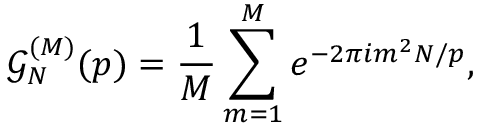
\mathcal { G } _ { N } ^ { ( M ) } ( p ) = \frac { 1 } { M } \sum _ { m = 1 } ^ { M } e ^ { - 2 \pi i m ^ { 2 } N / p } ,